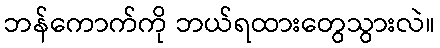
ဘန်ကောက်ကို ဘယ်ရထားတွေသွားလဲ။